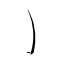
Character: ㇁